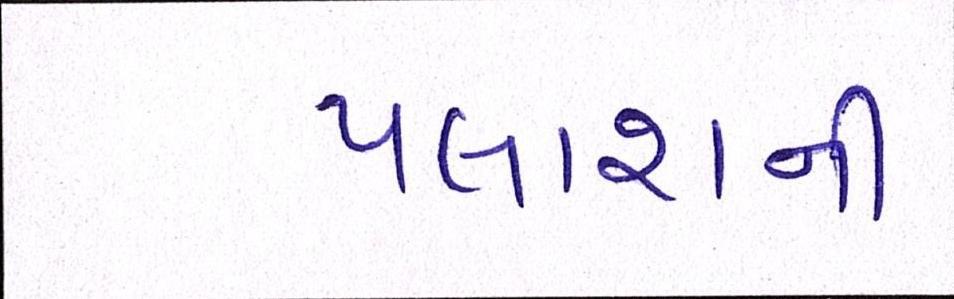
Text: પલાશની